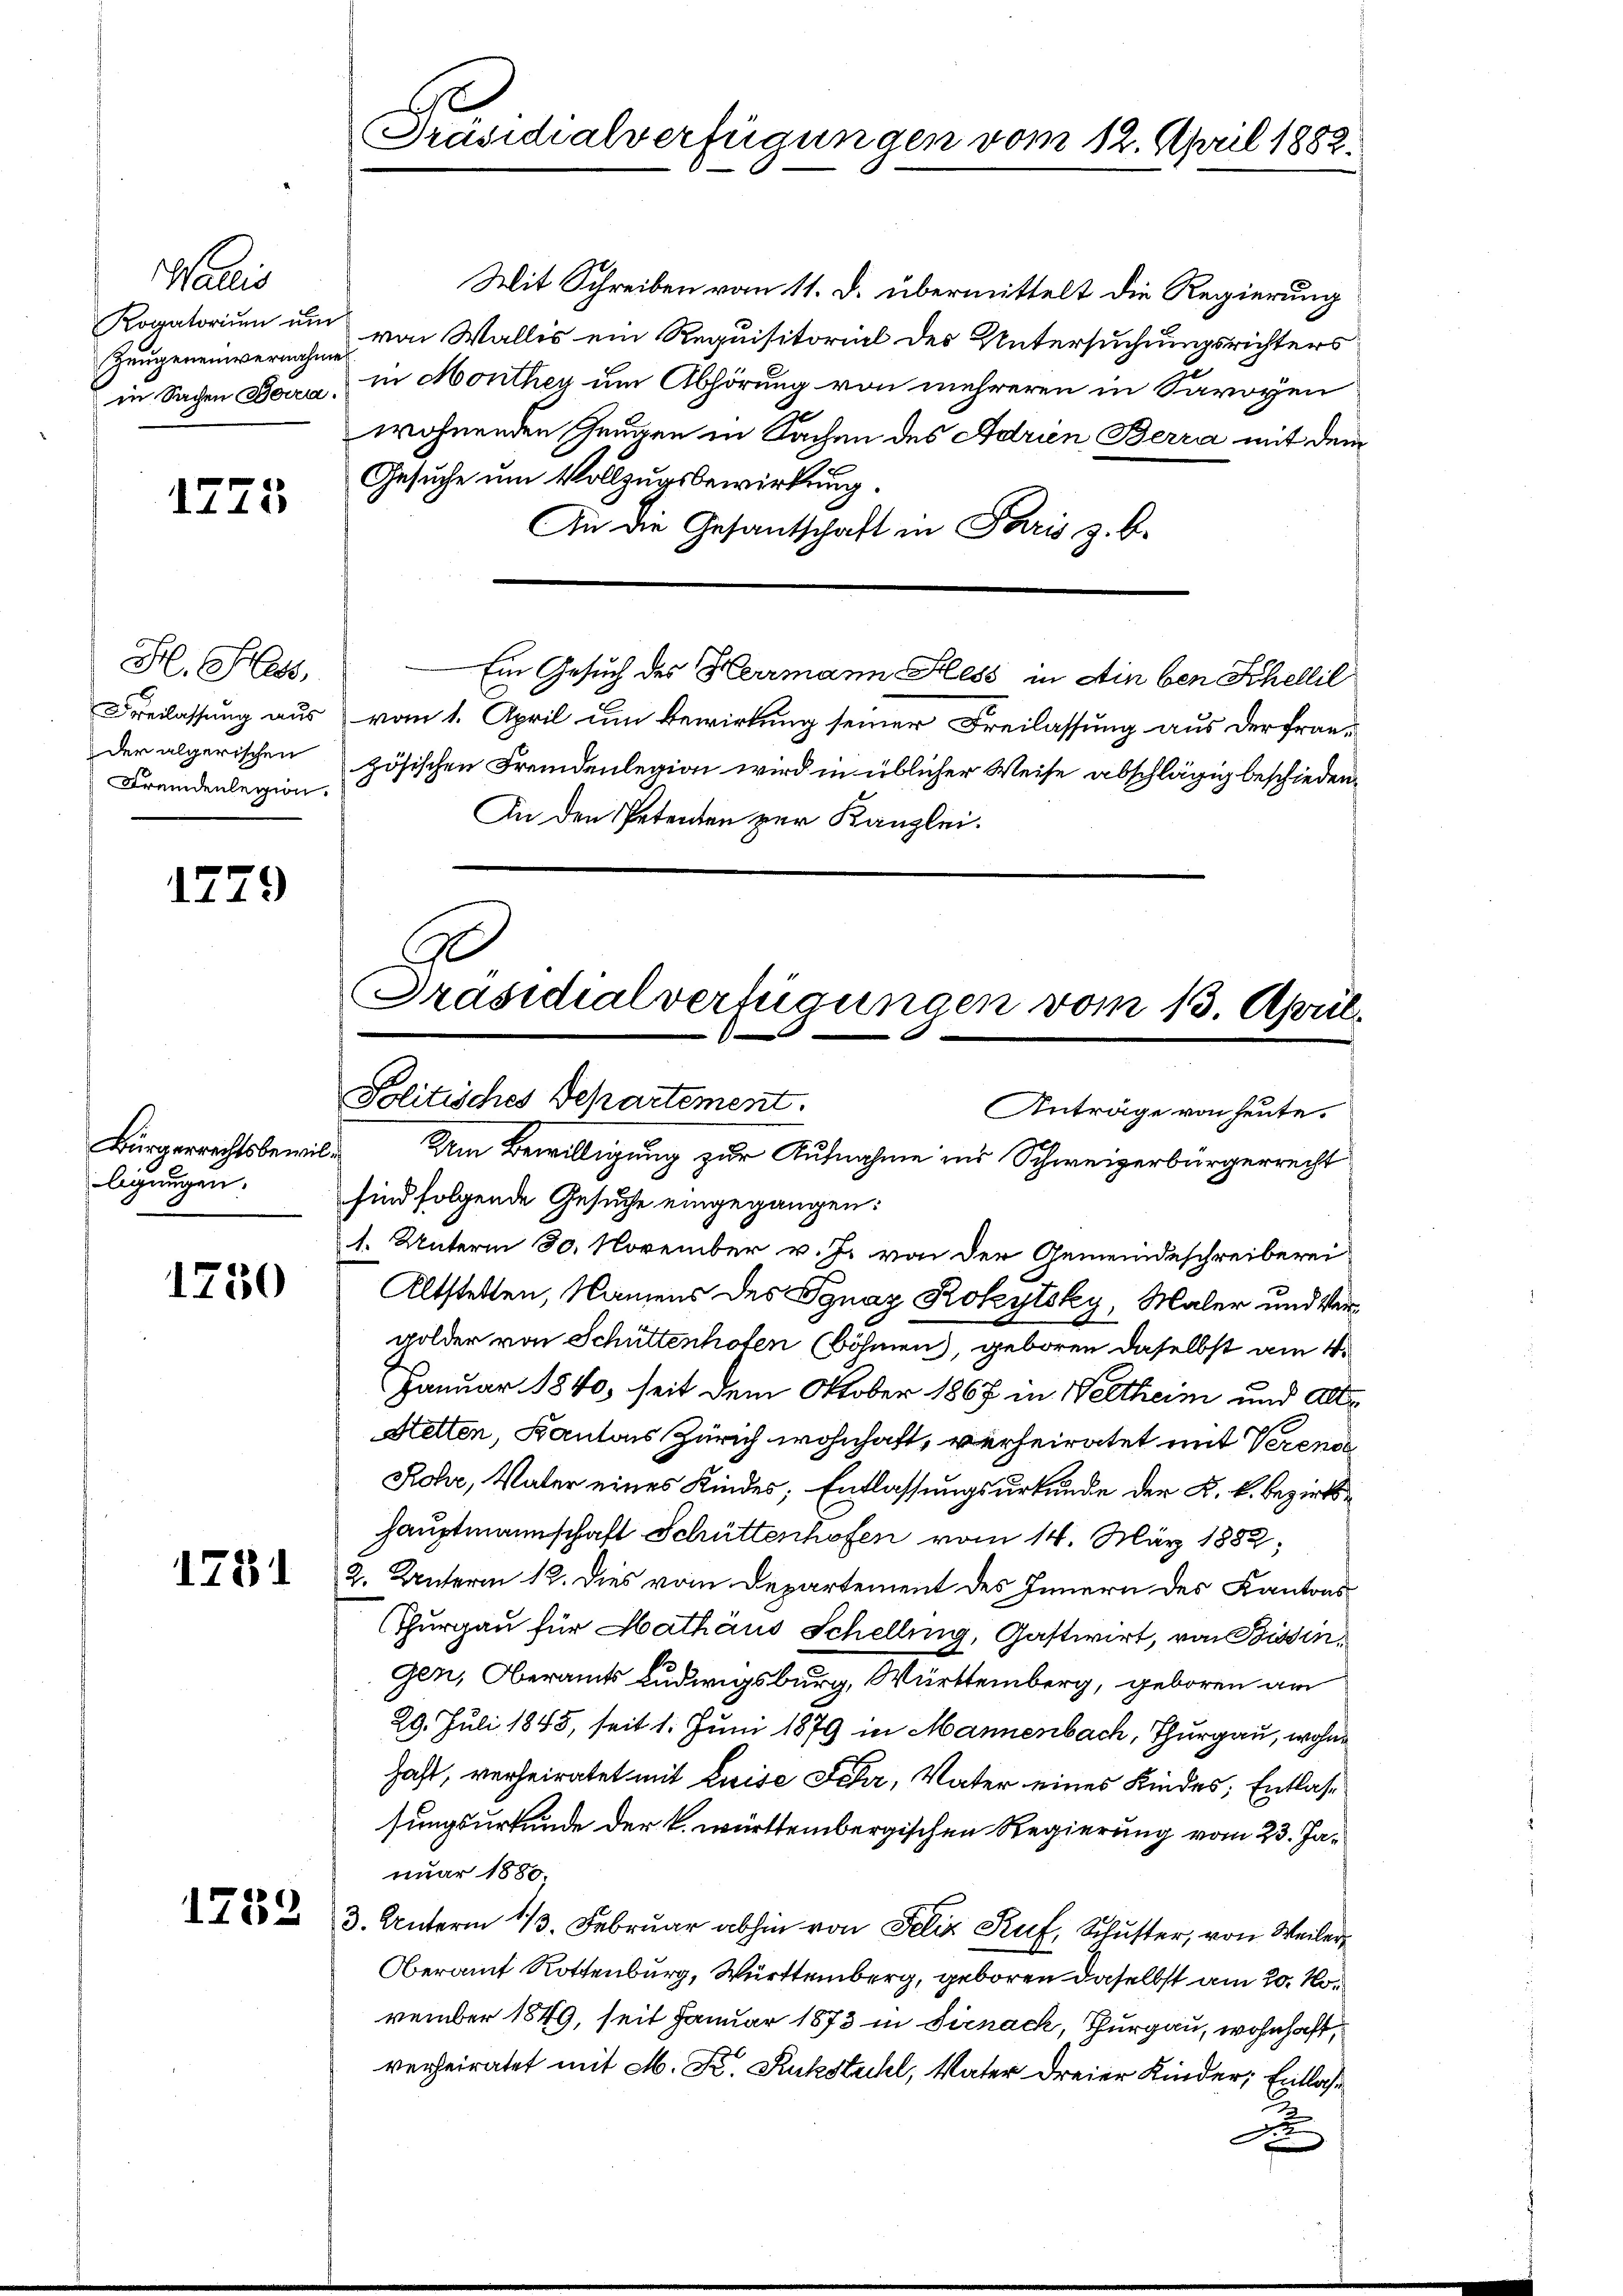
Wallis
Zeugeneinvernahme

1275

H. Ges
der algerischen
Fremdenlegion.

1779

Bürgerrechtsbewilligungen.

1750

1781

1752

Mit Schreiben vom 11. d. übermittelt die Regierung
Rogatorium um von Wallis ein Requisitorial des Untersuchungsrichters
in Sachen Bern, in Monthey um Abhörung von mehreren in Savoyen
wohnenden Gnaden in Sachen des Adrien Berra mit dem
Gesuche um Vollzugsbewirkung.
An die Gesantschaft in Paris z. B.
Ein Gesuch des Herrmann Hess in Ain ben Schellil
Freilassung aus vom 1. April um Bewirkung seiner Freilassung aus der Fran-
zösischen Fremdenlegion wird in üblicher Weise abschlägig beschieden.
An den Petenten zur Kanzlei.

Präsidialverfügungen vom 12. April 1882.

Ge
Präsidialverfügungen vom 13. April,
Politisches Departement.
Anträge von heute.

Dem Bewilligung zur Aufnahme ins Schweizerbürgerrecht
sind folgende Gesuche eingegangen:
1. Unterm 30. November v. J. von der Gemeindeschreiberei
Altstellen, Namens des Ignaz Rokytsky, Maler und Vergolder von Schüttenhofen (Böhmen), geboren daselbst am 4.
Januar 1840, seit dem Oktober 1867 in Weltheim und Alte
Stetten, Kantons Zürich wohnhaft, verheiratet mit Verende
Rohr, Vater eines Kindes; Entlassungsurkunde der K. k. Bezirkshauptmannschaft Schüttenhofen vom 14. März 1882,
2. Unterm 12. Dies vom Departement des Innern des Kantons
Thurgau für Hathäus Schelling, Gastwirt, von Bissin,
gen, Oberamts Ludwigsburg, Württemberg, geboren am
29. Juli 1848, seit 1. Juni 1879 in Mannenbach, Thurgau, wohnhast, verheiratet mit Luise Fehr, Vater eines Kindes; Entlassungsurkunde der k. württembergischen Regierung vom 23. Januar 1880,
3. Unterm 13. Februar abhin von Felix Ruf, Schuster, von Weiler
Oberamt Rottenburg, Württemberg, geboren daselbst am 20. November 1849, seit Januar 1873 in Sirnack, Thurgau, wohnhaft,
verheiratet mit M. Kr. Ruckstuhl, Vater dreier Kinder, Entlasx